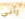
رأني